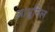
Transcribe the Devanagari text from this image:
आधूनिल